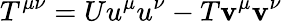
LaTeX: T^{\mu\nu}=Uu^{\mu}u^{\nu}-T\mathbf{v}^{\mu}\mathbf{v}^{\nu}